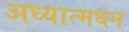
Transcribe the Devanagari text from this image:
अध्यात्मधन